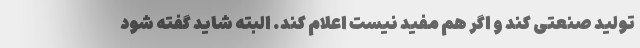
تولید صنعتی کند و اگر هم مفید نیست اعلام کند. البته شاید گفته شود